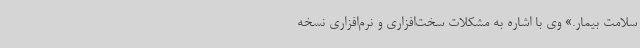
سلامت بیمار.» وی با اشاره به مشکلات سخت‌افزاری و نرم‌افزاری نسخه